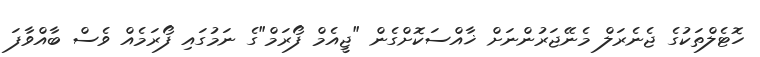
ހޮޓެލްތަކުގެ ޖެނެރަލް މެނޭޖަރުންނަށް ޚާއްސަކޮށްގެން "ޖީއެމް ފޯރަމް"ގެ ނަމުގައި ފޯރަމެއް ވެސް ބާއްވާފަ